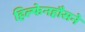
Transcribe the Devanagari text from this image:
हिल्फेनहौसने